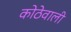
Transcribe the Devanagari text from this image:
कोठेवाली